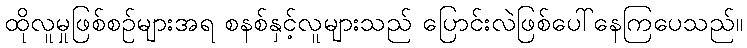
ထိုလူမှုဖြစ်စဉ်များအရ စနစ်နှင့်လူများသည် ပြောင်းလဲဖြစ်ပေါ်နေကြပေသည်။